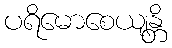
ပရိမောစေယျန္တိ